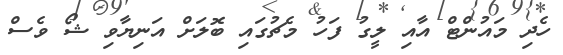
ހެދި މައުންޓް އާއި ލީގު ފަހު މެޗުގައި ބޮލަށް އަނިޔާވި ޝޯ ވެސް